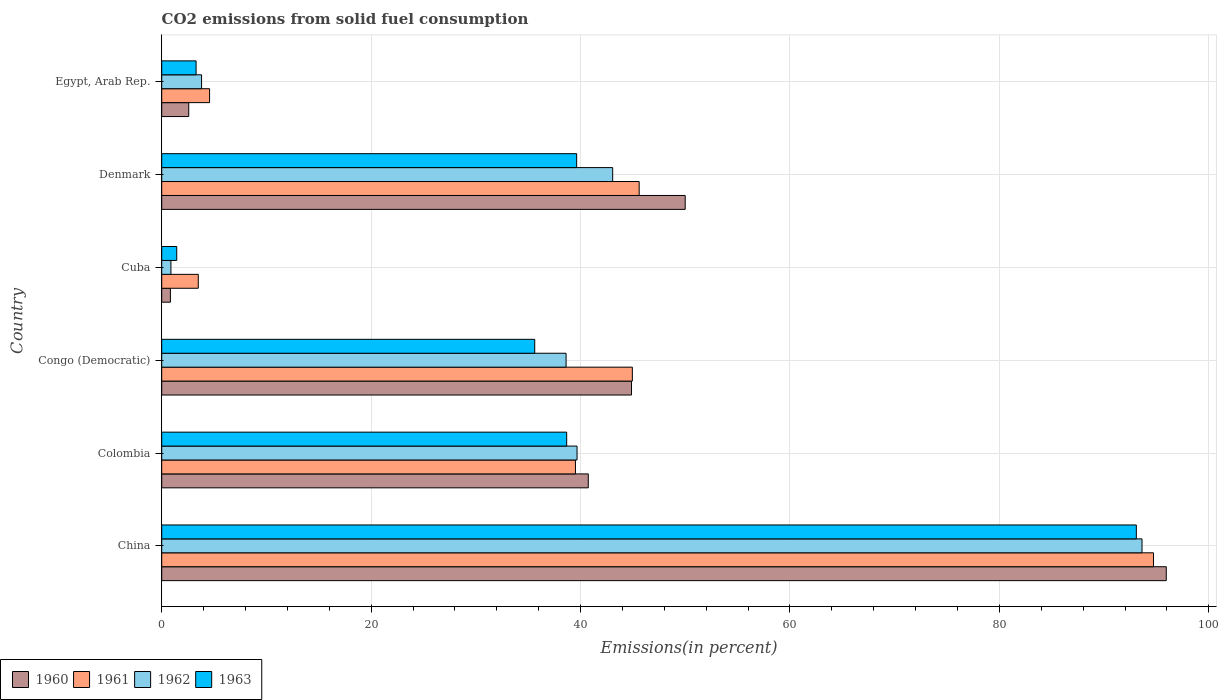
| Country | 1960 | 1961 | 1962 | 1963 |
 | --- | --- | --- | --- | --- |
 | China | 95.9 | 94.7 | 93.6 | 93.1 |
 | Colombia | 40.7 | 39.5 | 39.7 | 38.7 |
 | Congo (Democratic) | 44.9 | 44.9 | 38.6 | 35.6 |
 | Cuba | 0.83 | 3.49 | 0.88 | 1.43 |
 | Denmark | 50 | 45.6 | 43.1 | 39.6 |
 | Egypt, Arab Rep. | 2.58 | 4.57 | 3.81 | 3.28 |